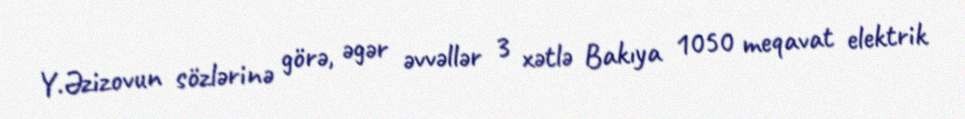
Y.Əzizovun sözlərinə görə, əgər əvvəllər 3 xətlə Bakıya 1050 meqavat elektrik